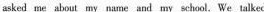
asked me about my name and my school. We talked